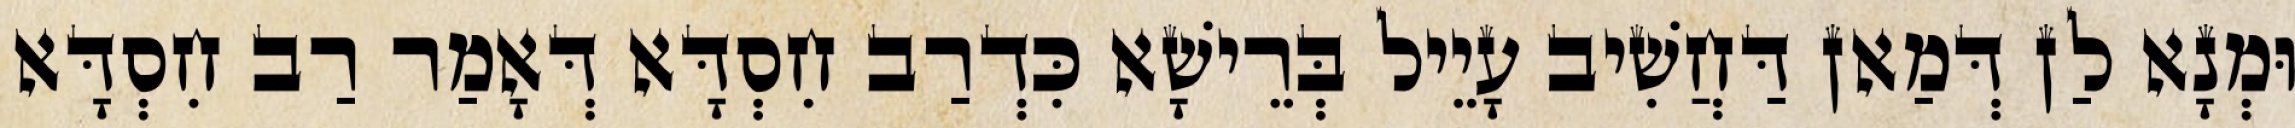
וּמְנָא לַן דְּמַאן דַּחֲשִׁיב עָיֵיל בְּרֵישָׁא כִּדְרַב חִסְדָּא דְּאָמַר רַב חִסְדָּא